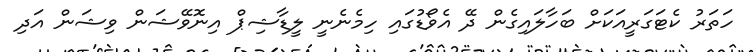
ހަތަރު ކެޓަގަރީއަކަށް ބަހާލައިގެން ދޭ އެވޯޑުގައި ހިމެނެނީ ލީޑާޝިޕް އިނޮވޭޝަން ވިޝަން އަދި